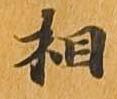
相